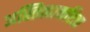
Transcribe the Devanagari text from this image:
अस्तित्वाकरिता